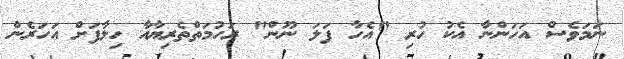
ނަމަވެސް އަހަންނާ އެކު ހުރި "އެހާ ފަލަ ނޫން" ރަހުމަތްތެރިޔާއާ ހިލާފަށް އަހަރެން